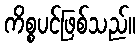
ကိစ္စပင်ဖြစ်သည်။